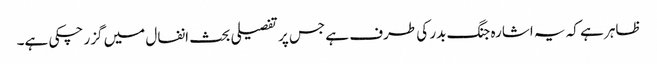
ظاہر ہے کہ یہ اشارہ جنگ بدر کی طرف ہے جس پر تفصیلی بحث انفال میں گزر چکی ہے۔